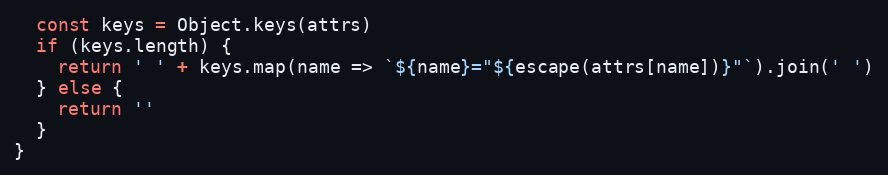
Language: JavaScript
  const keys = Object.keys(attrs)
  if (keys.length) {
    return ' ' + keys.map(name => `${name}="${escape(attrs[name])}"`).join(' ')
  } else {
    return ''
  }
}